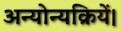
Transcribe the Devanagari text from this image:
अन्योन्यक्रियें।